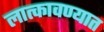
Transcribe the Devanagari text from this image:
लात्कावण्यात